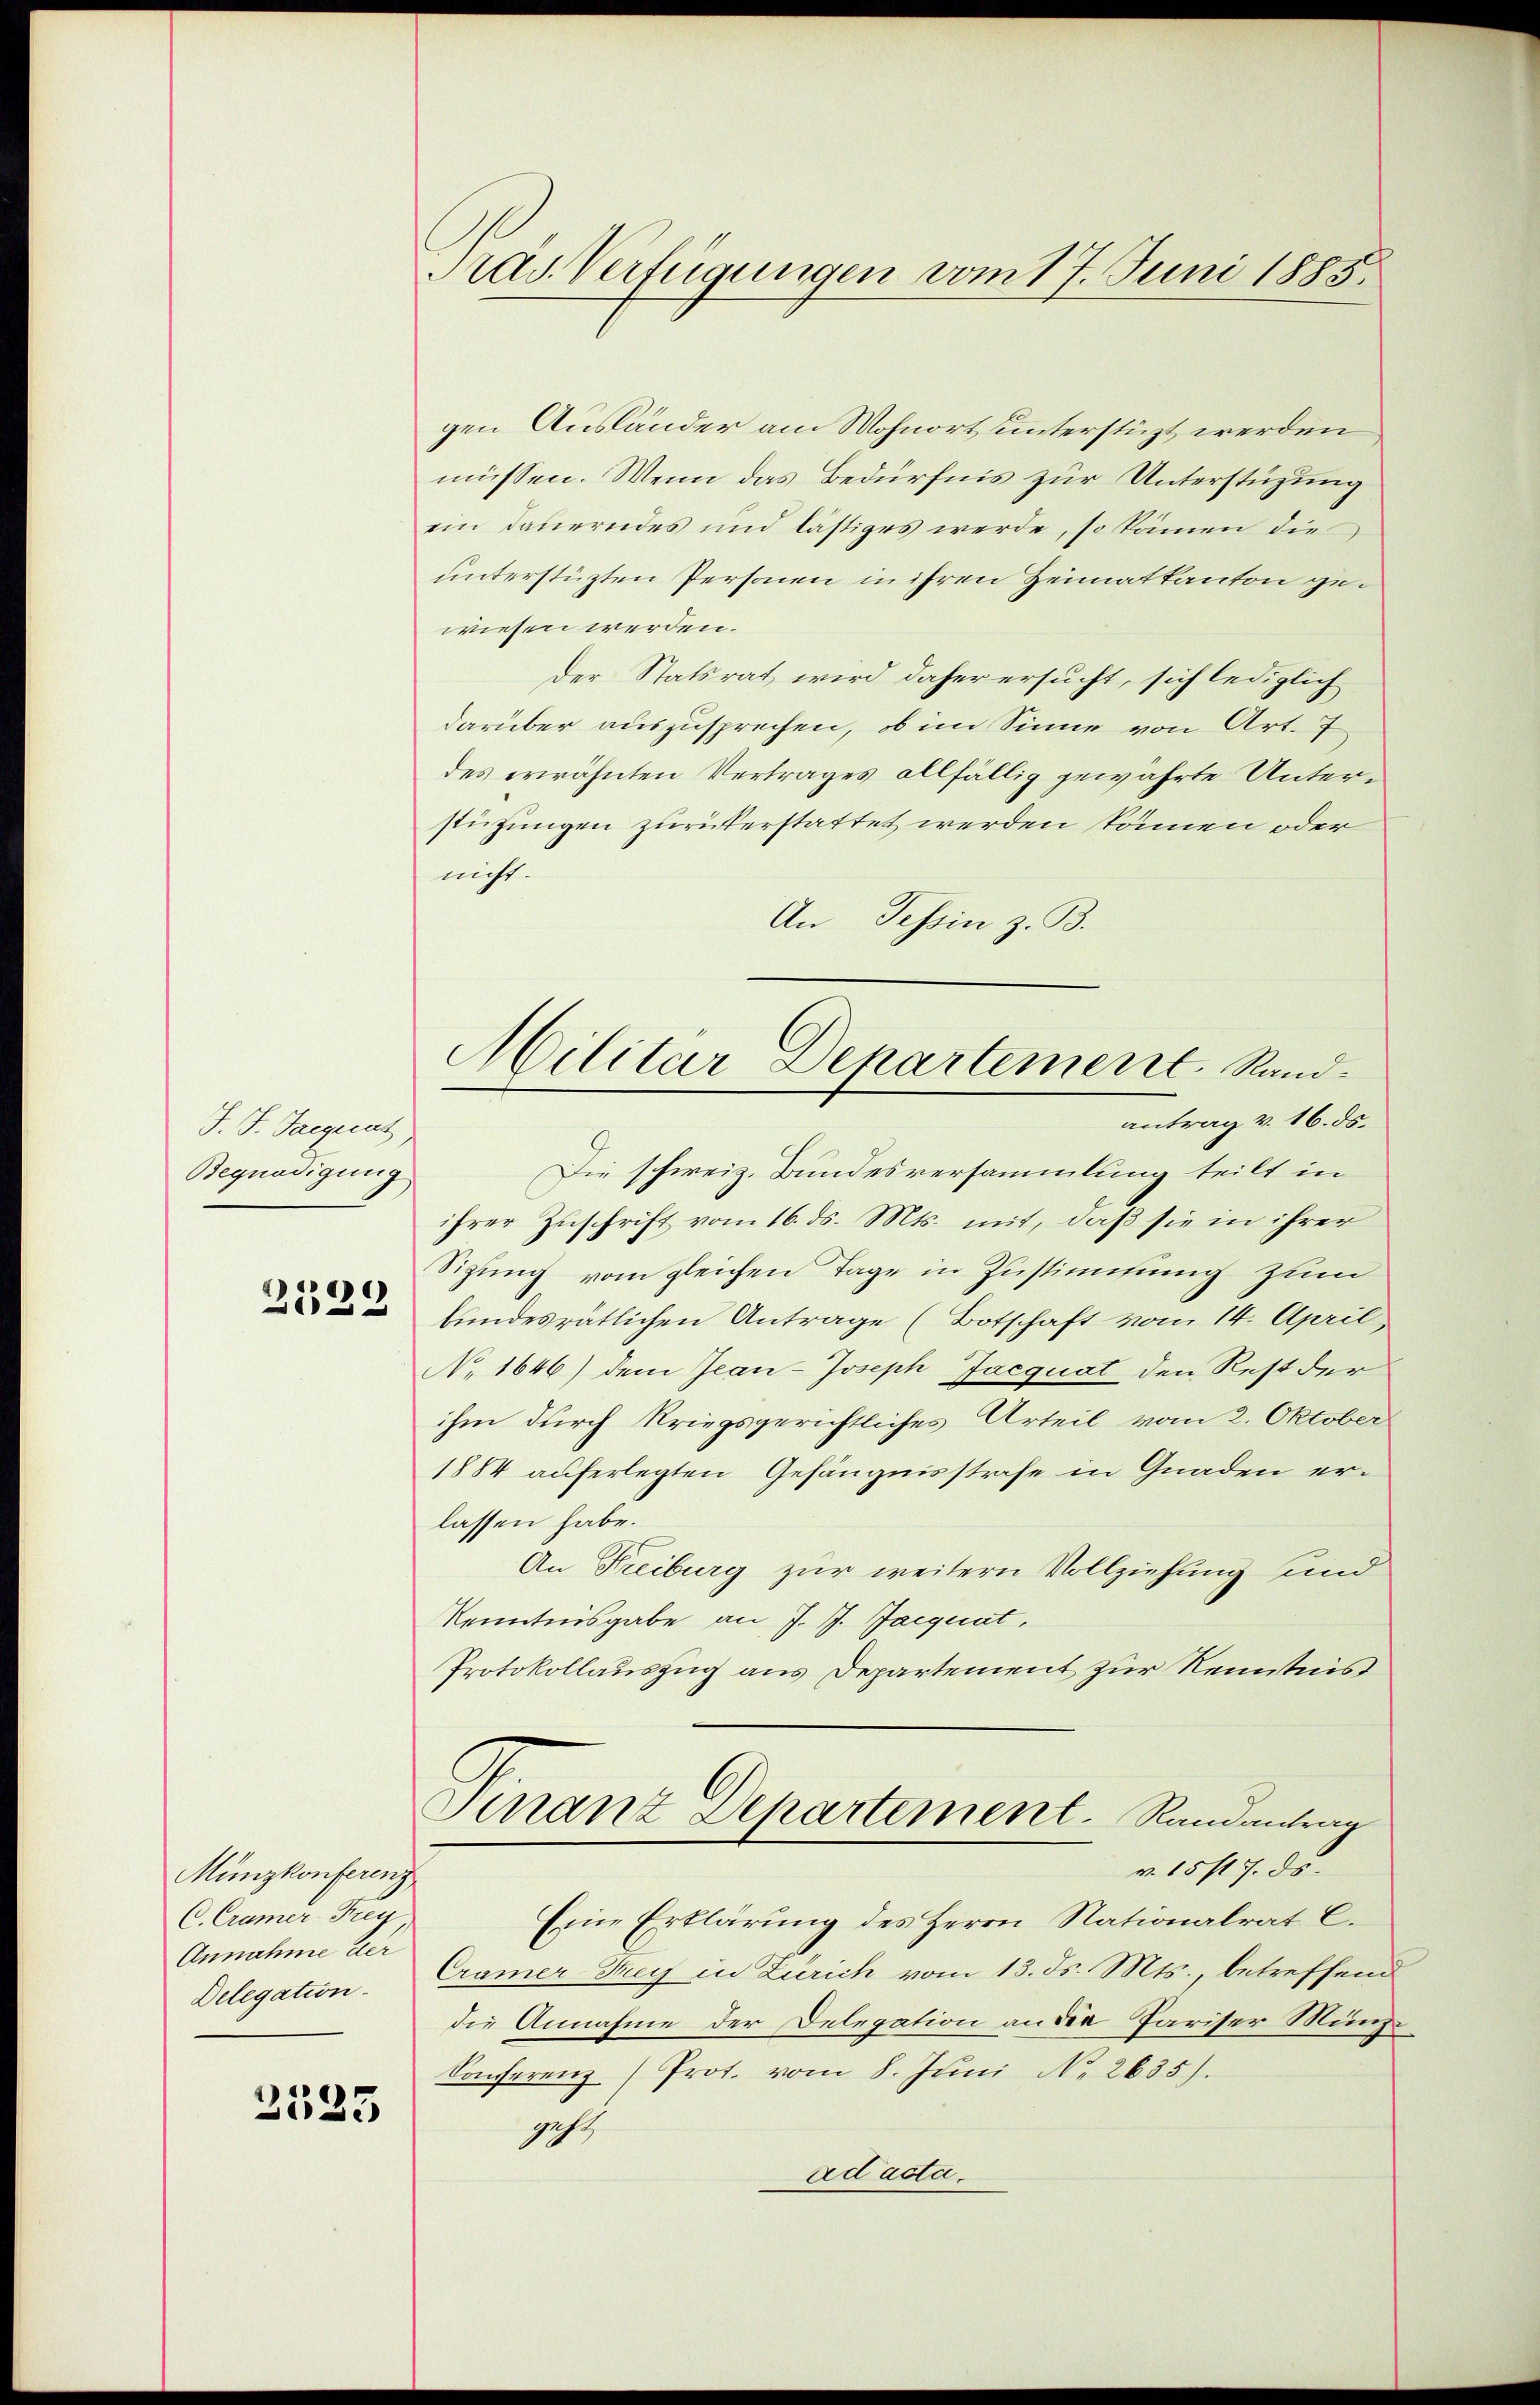
J. J. Jaegerat
Begnadigung
2529

Münzkonferenz
C. Cramer Frey
Annahme der
Delegation

2535

Nas Verfügungen vom 17. Juni 1885.

Militar Departement. Sandantrag v. 16. ds.

gen Ausländer am Wohnort unterstüzt werden,
müssen. Wenn das Bedürfnis zur Unterstüzung
ein dauerndes und lästiges werde, so kämen die
unterstüzten Personen in ihren Heimatkanton gewiesen werden.
der Statsrat wird daher ersucht, sich lediglich
darüber auszusprechen, ob im Sinne von Art. 7
des erwähnten Vertrages allfällig gewährte Unterstützungen zurükerstattet werden können oder
nicht.
An Tessin z. B.
Die schweiz. Bundesversammlung teilt in
ihrer Zuschrift vom 16. ds. Mts. mit, daß sie in ihrer
Sizung vom gleichen Tage in Zustimmung zum
fundesrätlichen Antrage (Botschaft vom 14. April
No 1646) dem Jean-Joseph Jacquat den Rest der
ihm durch kriegsgerichtliches Urteil vom 2. Oktober
1884 auferlegten Gefängnisstrafe in Gnaden erlassen habe.
An Freiburg zur weitern Vollziehung und
Kenntnisgabe an J. J. Jacquat,
Protokollauszug aus Departement zur Kenntnis
Finanz Departement. Randantrag
v. 15 fl. 7. ds.
Eine Erklärung des Herrn Nationalrat C.
Cramer Sey in Zürich vom 13. ds. Mts., betreffend
die Annahme der Delegation an die Pariser Münz¬
Sonferenz (Prot. vom 8. Juni No. 2635).
gehe
ad acta.